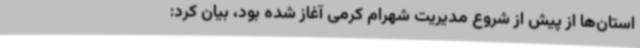
استان‌ها از پیش از شروع مدیریت شهرام کرمی آغاز شده بود، بیان کرد: